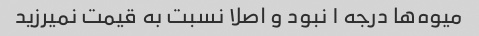
میوه‌ها درجه ۱ نبود و اصلا نسبت به قیمت نمیرزید